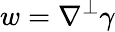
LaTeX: w=\nabla^{\perp}\gamma